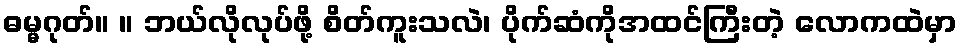
ဓမ္မဂုတ်။ ။ ဘယ်လိုလုပ်ဖို့ စိတ်ကူးသလဲ၊ ပိုက်ဆံကိုအထင်ကြီးတဲ့ လောကထဲမှာ